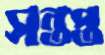
সন্তপ্ত